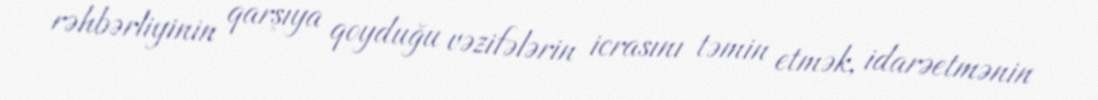
rəhbərliyinin qarşıya qoyduğu vəzifələrin icrasını təmin etmək, idarəetmənin